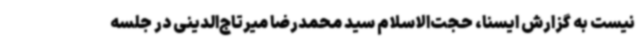
نیست به گزارش ایسنا، حجت‌الاسلام سید محمدرضا میرتاج‌الدینی در جلسه